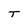
Character: T